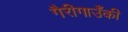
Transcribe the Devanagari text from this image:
गैरीगाउँकी